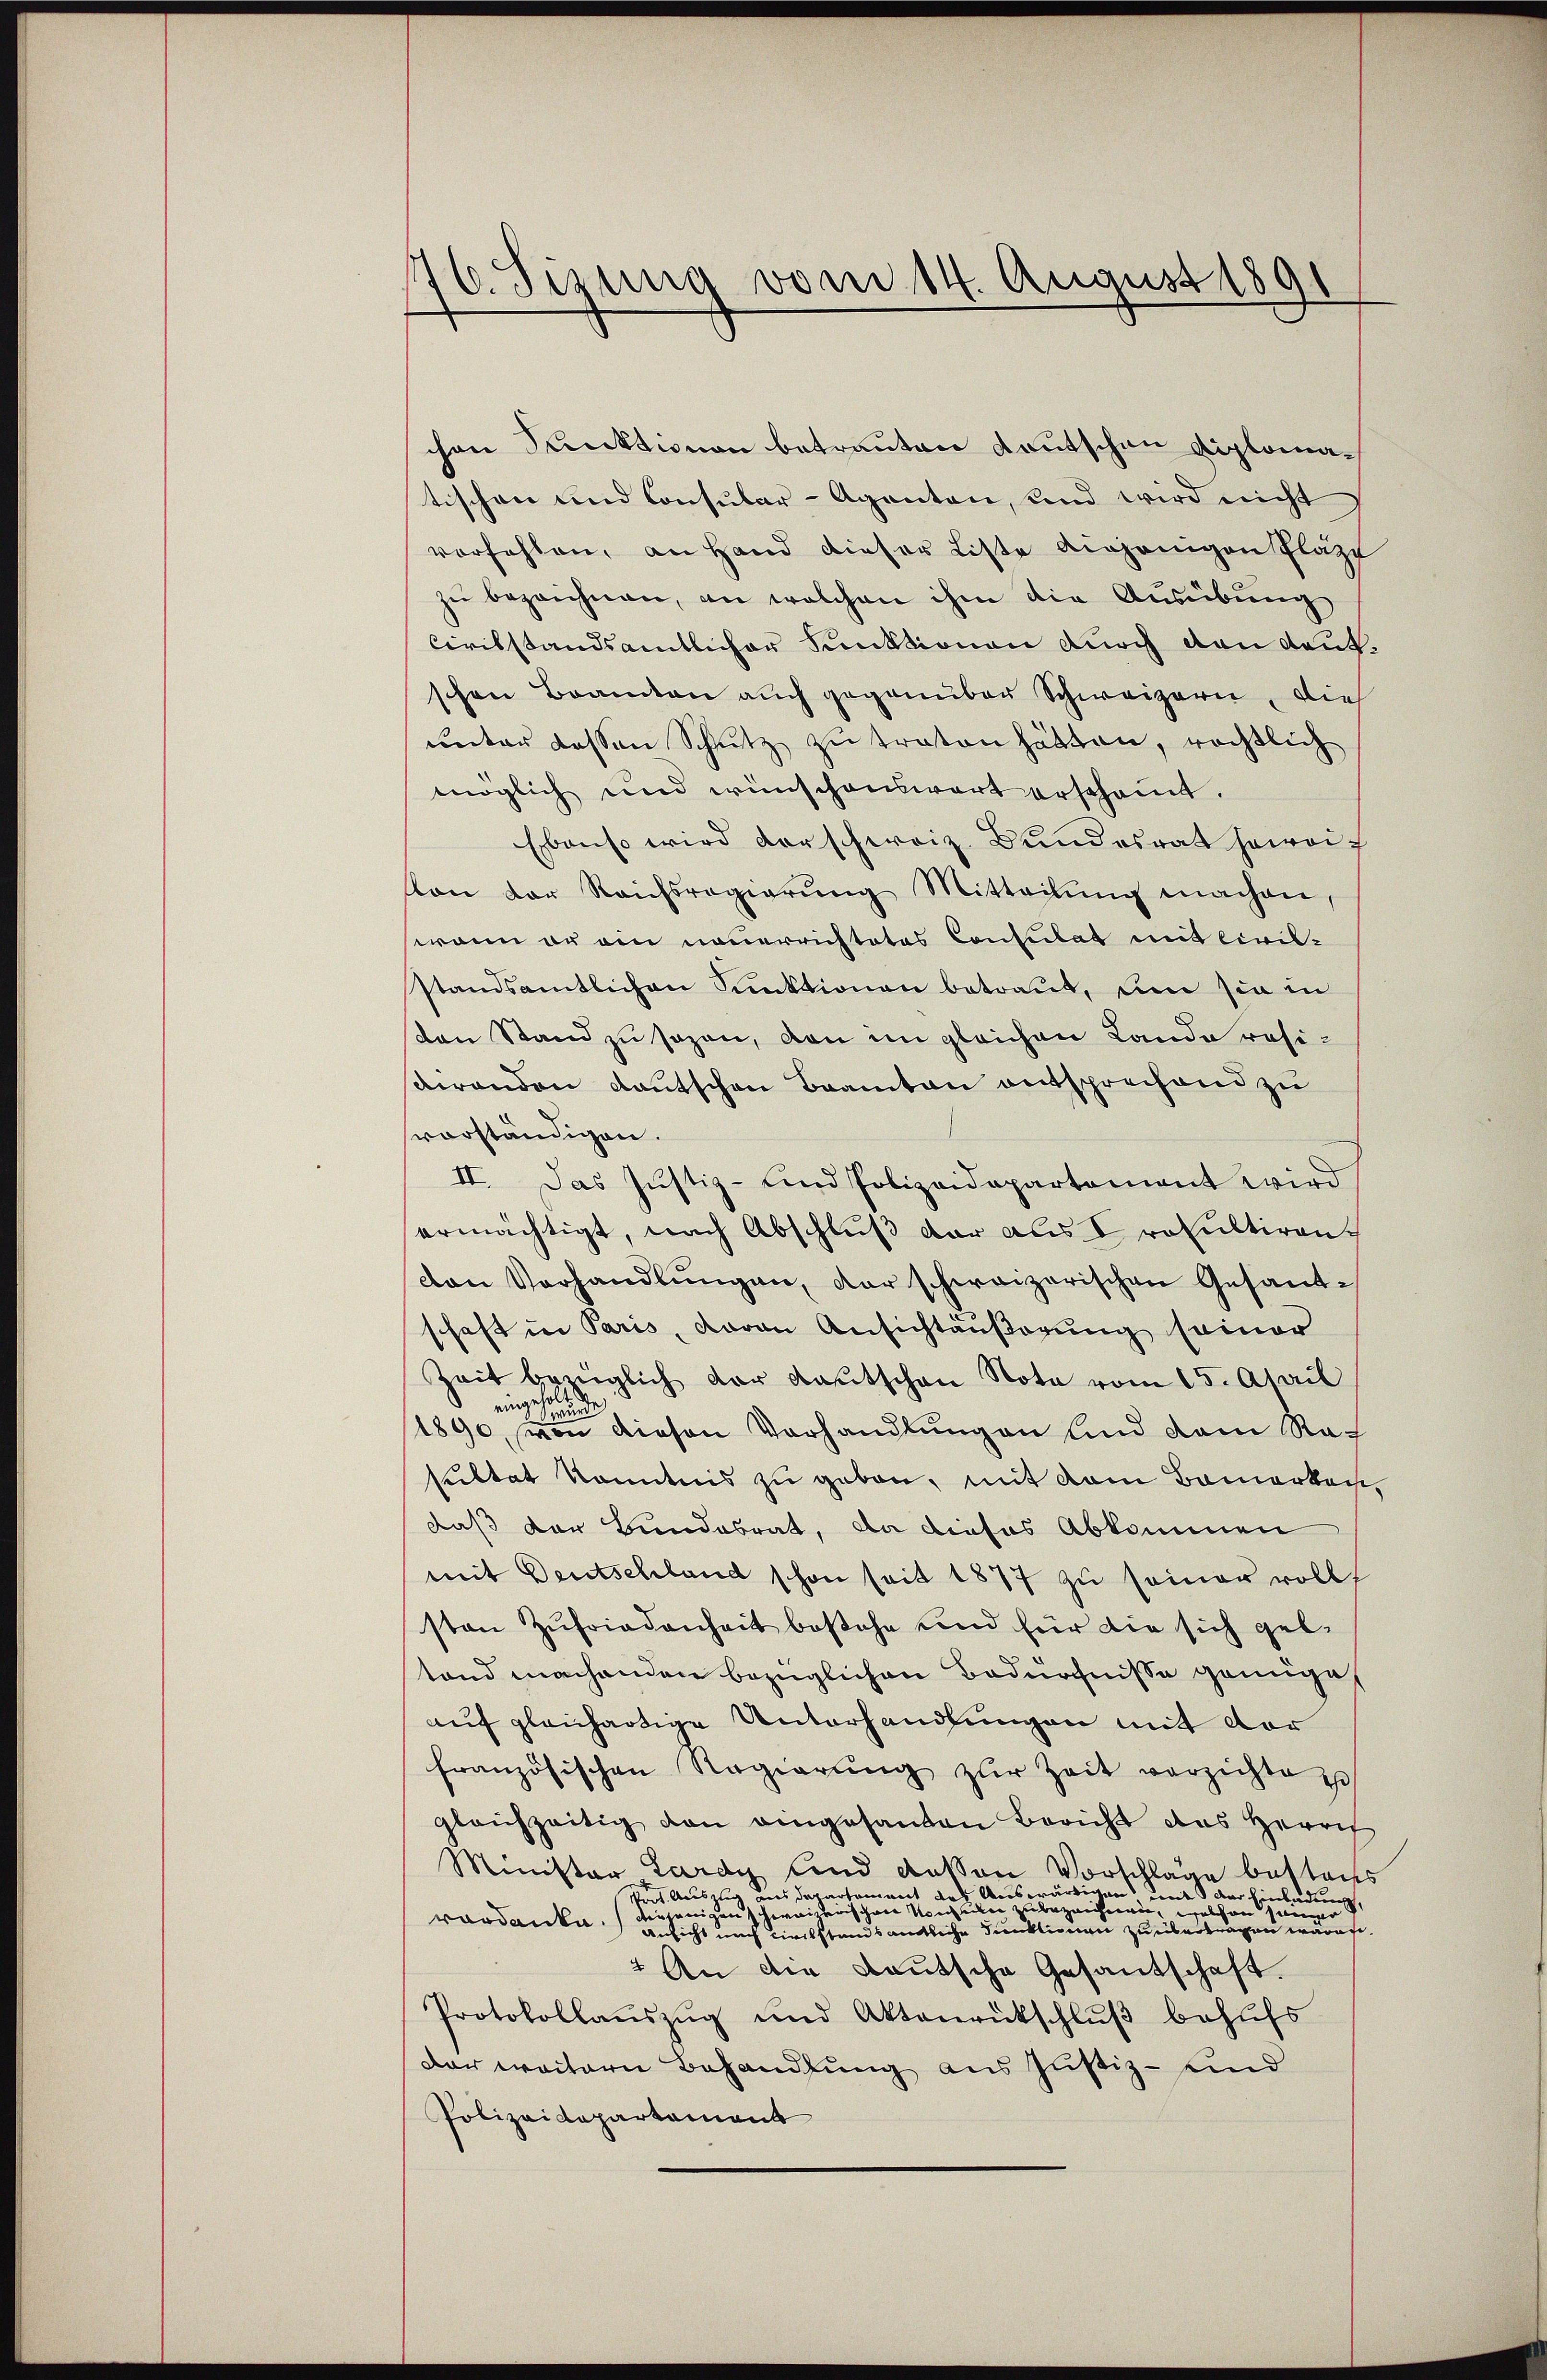
16. Sizung vom 14. August 1891

chen Punktionen betrauten Kautschen Diplomatischen und Consular-Agenten, und wird nicht
verfehlen, an Hand dieser Liste diejenigen Plätze
zŭ bezeichnen, an welchen ihm die Ausübung
Ciritstandsamtlicher Funktionen durch den Kaufschen Beamten auch gegenüber Schweizern, die
unter dessen Schutz zŭ traten hätten, rechtlich
möglich und wünschenswert erscheint.
Ebenso wird vorschweiz. Bundesrat geworf
von der Reichsregierŭng Mitteilŭng machen,
wenn er ein neuerrichtetes Consulat mit Civilstandsamtlichen Funktionen betraut, um sie in
sten Stand zu sagen, von im gleichen Landa residirenden Kautschen Beamten entsprechend zu
vorständigen.
II. Das Justiz- und Polizeidepartament wird
ermächtigt, nach Abschluß der aus V rosultiren.
von Verhandlŭngen, der schweizerischen Gesandschaft in Paris, daran Ansichtäußerung seiner
Zeit bezüglich der Kautschen Note vom 15. April
1890, von diesen Vorhandlungen und dem Nach
sultat konntnis zu geben, mit dem Bemerken,
daß der Bundesrat, da dieses Abkommen
mit Deutschland schon seit 1877 zu seiner volls
sten Zufriedenheit bestehe und für die sich geltand machenden bezüglichen Bedürfnisse genüge
auf gleichartige Unterhandlungen mit der
französischen Regierŭng zŭr Zeit verzichte
glaichzeitig dan eingesanten Bericht das Herrn
Minister Lardy und davon Vorschläge bestaus
oct. Auszug aus Departement das Auswärtig mit der Einladen
ienigen hierischen Konsul zu bezeichnen, welchen seine
vardanke. Ansicht nach diesstands amtliche Funktionen zu übertragen wären.
 An die Deutsche Gesantschaft.
Protokollaŭszŭg und Aktenrückschlŭβ behŭfs
der weitern Behandlung aus Justiz- und
Polizeidepartement